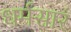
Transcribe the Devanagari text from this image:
धर्मसारं